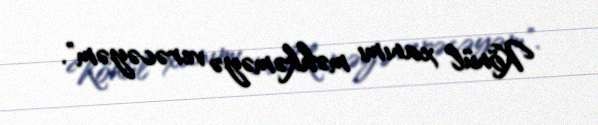
Könül xanımı məhkəməyə verəcəyəm".